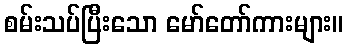
စမ်းသပ်ပြီးသော မော်တော်ကားများ။